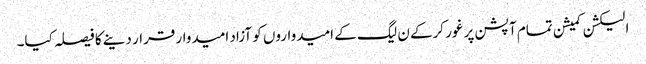
الیکشن کمیشن تمام آپشن پر غور کرکے ن لیگ کے امیدواروں کو آزاد امیدوار قرار دینے کا فیصلہ کیا۔